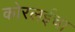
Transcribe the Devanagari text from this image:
कोरलईचा